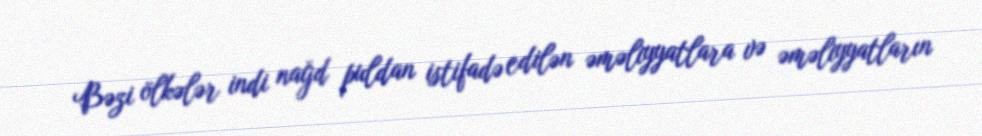
Bəzi ölkələr indi nağd puldan istifadə edilən əməliyyatlara və əməliyyatların